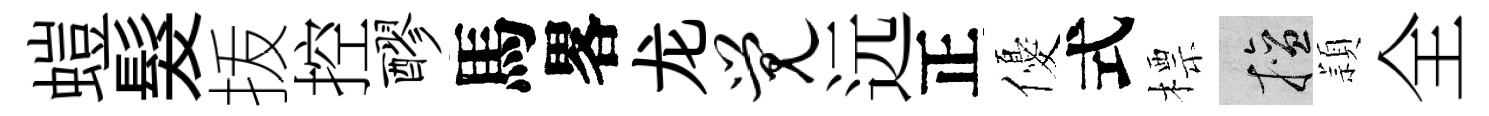
螘髮㧞控醪馬畧龙觉远正優式標擅頴全